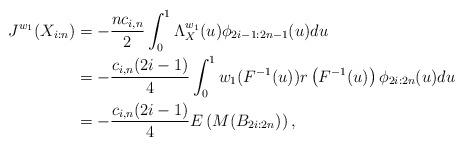
LaTeX: \begin{align*}J^{w_1}(X_{i:n})&=-\frac{n c_{i,n}}{2}\int_{0}^{1}\Lambda_{X}^{w_1}(u)\phi_{2i-1:2n-1}(u)du\\&=-\frac{c_{i,n}(2i-1)}{4}\int_{0}^{1}w_1(F^{-1}(u))r\left(F^{-1}(u)\right)\phi_{2i:2n}(u)du\\&=-\frac{c_{i,n}(2i-1)}{4}E\left(M(B_{2i:2n})\right),\end{align*}